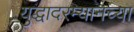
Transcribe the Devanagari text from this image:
युद्धादरम्यानच्या